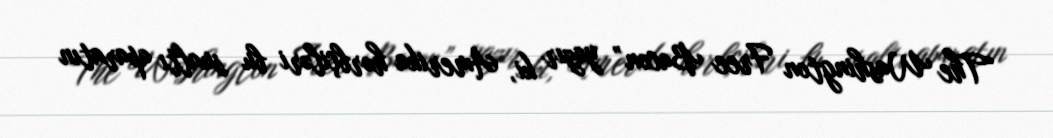
“The Washington Free Bacon” yazır ki, Amerika hərbçiləri bu sualtı aparatın